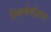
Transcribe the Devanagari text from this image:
रिकमेन्डेशन